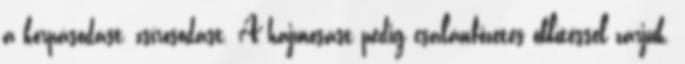
a korpásodást, zsírosodást. A hajmosást pedig csalánfőzetes öblítéssel zárjuk.